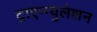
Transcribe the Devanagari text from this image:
ट्राएन्ग्युलेशन